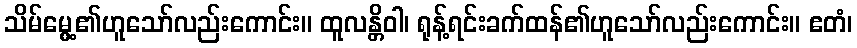
သိမ်မွေ့၏ဟူသော်လည်းကောင်း။ ထူလန္တိဝါ၊ ရုန့်ရင်းခက်ထန်၏ဟူသော်လည်းကောင်း။ ဧတံ၊